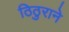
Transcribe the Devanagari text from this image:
ठिठुराने